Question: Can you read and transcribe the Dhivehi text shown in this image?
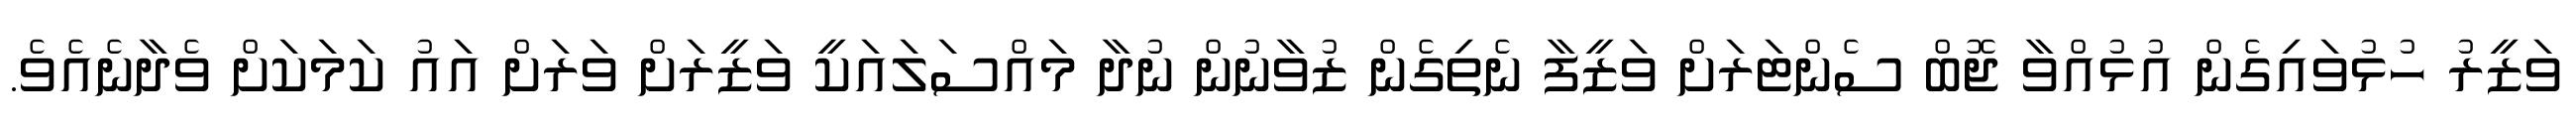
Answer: ވަޒީރު ހުޅުވައިގެން އުޅުއްވާ ޖޮބް ސެންޓަރަށް ވަޒީފާ ނެތިގެން ޒުވާނުން ނުދާ މައްސަލައަކީ ވަޒީރަށް ވަރަށް އައު ކަމަކަށް ވެދާނެއެވެ.